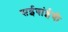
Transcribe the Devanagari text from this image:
सईबांईची